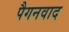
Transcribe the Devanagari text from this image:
पैगनवाद